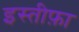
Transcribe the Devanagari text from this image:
इस्‍तीफ़ा